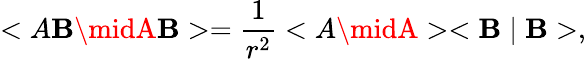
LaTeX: <A\mathbf{B}\midA\mathbf{B}>=\frac{1}{{r^{2}}}<A\midA><\mathbf{B}\mid\mathbf{B}>,